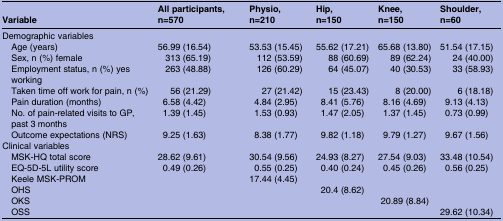
<table><thead><tr><td><b>Variable</b></td><td><b>All participants, n=570</b></td><td><b>Physio, n=210</b></td><td><b>Hip,n=150</b></td><td><b>Knee,n=150</b></td><td><b>Shoulder, n=60</b></td></tr></thead><tbody><tr><td colspan="6">Demographic variables</td></tr><tr><td> Age (years)</td><td>56.99 (16.54)</td><td>53.53 (15.45)</td><td>55.62 (17.21)</td><td>65.68 (13.80)</td><td>51.54 (17.15)</td></tr><tr><td> Sex, n (%) female</td><td>313 (65.19)</td><td>112 (53.59)</td><td>88 (60.69)</td><td>89 (62.24)</td><td>24 (40.00)</td></tr><tr><td> Employment status, n (%) yes working</td><td>263 (48.88)</td><td>126 (60.29)</td><td>64 (45.07)</td><td>40 (30.53)</td><td>33 (58.93)</td></tr><tr><td> Taken time off work for pain, n (%)</td><td>56 (21.29)</td><td>27 (21.42)</td><td>15 (23.43)</td><td>8 (20.00)</td><td>6 (18.18)</td></tr><tr><td> Pain duration (months)</td><td>6.58 (4.42)</td><td>4.84 (2.95)</td><td>8.41 (5.76)</td><td>8.16 (4.69)</td><td>9.13 (4.13)</td></tr><tr><td> No. of pain-related visits to GP, past 3 months</td><td>1.39 (1.45)</td><td>1.53 (0.93)</td><td>1.47 (2.05)</td><td>1.37 (1.45)</td><td>0.73 (0.99)</td></tr><tr><td> Outcome expectations (NRS)</td><td>9.25 (1.63)</td><td>8.38 (1.77)</td><td>9.82 (1.18)</td><td>9.79 (1.27)</td><td>9.67 (1.56)</td></tr><tr><td colspan="6">Clinical variables</td></tr><tr><td> MSK-HQ total score</td><td>28.62 (9.61)</td><td>30.54 (9.56)</td><td>24.93 (8.27)</td><td>27.54 (9.03)</td><td>33.48 (10.54)</td></tr><tr><td> EQ-5D-5L utility score</td><td>0.49 (0.26)</td><td> 0.55 (0.25)</td><td>0.40 (0.24)</td><td>0.45 (0.26)</td><td>0.56 (0.25)</td></tr><tr><td> Keele MSK-PROM</td><td></td><td>17.44 (4.45)</td><td></td><td></td><td></td></tr><tr><td> OHS</td><td></td><td></td><td>20.4 (8.62)</td><td></td><td></td></tr><tr><td> OKS</td><td></td><td></td><td></td><td>20.89 (8.84)</td><td></td></tr><tr><td> OSS</td><td></td><td></td><td></td><td></td><td>29.62 (10.34)</td></tr></tbody></table>